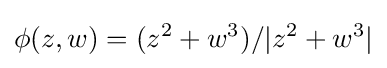
\phi (z,w)=(z^{2}+w^{3})/|z^{2}+w^{3}|